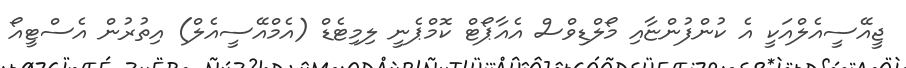
ޖީއޭސީއެލްއަކީ އެ ކުންފުންޏާއި މޯލްޑިވްސް އެއާޕޯޓް ކޮމްޕެނީ ލިމިޓެޑް (އެމްއޭސީއެލް) އިތުރުން އެސްޓީއޯ